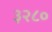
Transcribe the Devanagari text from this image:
३२८०